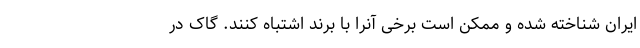
ایران شناخته شده و ممکن است برخی آنرا با برند اشتباه کنند. گاک در